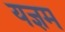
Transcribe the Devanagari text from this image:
यज्ञम